Reports on military cantonments and civil stations in the Presidency of Bombay inspected by the Sanitary Commissioner in the years 1875 and 1876
Year: 1875
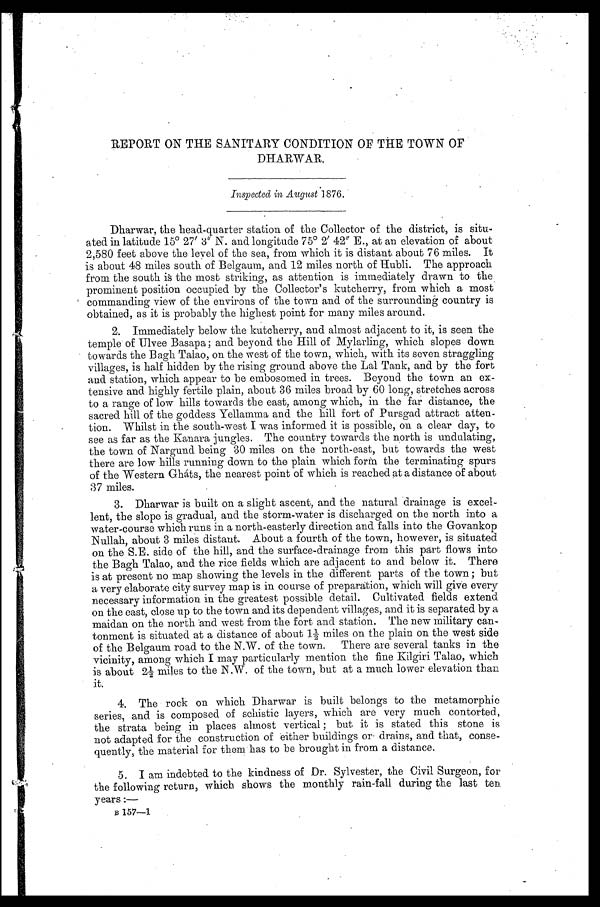
REPORT ON THE SANITARY CONDITION OF THE TOWN OF
DHARWAR.
Inspected in Angust 1876.
Dharwar, the bead-quarter station of the Collector of the district, is situ-
ated in latitude 15° 27' 3' N. and longitude 75° 2' 42" E., at an elevation of about
2,580 feet above the level of the sea, from which it is distant. about 76 miles. It
is about 48 miles south of Belgaum, and 12 miles north of Hubli. The approach
from the south is the most striking, as attention is immediately drawn to the
prominent position occupied by the Collector's kutcherry, from which a most
commanding view of the environs of the town and of the surrounding country is
obtained, as it is probably the highest point for many miles around.
Immediately below the kutcherry, and almost adjacent to it, is seen the
temple of Ulvee Basapa; and beyond the Hill of Mylarling, which slopes down
towards the Bagh Talao, on the west of the town, which, with its seven straggling
villages, i.s half hidden by the rising ground above the Lal Tank, and by the fort
and station, which appear to be embosomed in trees. Beyond the town an ex-
tensive and highly fertile plain, about 36 miles broad by 60 long, stretches across
to a range of low hills towards the east, among which, in the far distance, the
sacred hill of the goddess Yellamma and the hill fort of Pursgad attract atten-
tion. Whilst in the south-west I was informed it is possible, on a clear day, to
see as far as the Kanara jungles. The country towards the north is undulating,
the town of Nargund being 30 miles on the north-east, but towards the west
there are low hills running down to the plain which forth the terminating spurs
of the Western Gháts, the nearest point of which is reached at a distance of about
37 miles.
Dharwar is built on a slight ascent, and the natural drainage is excel-
lent, the slope is gradual, and the storm-water is discharged on the north into a
water-course which runs in a north-easterly direction and falls into the Govankop
Nullah, about 3 miles distant. About a fourth of the town, however, is situated
on the S.E. side. of the hill, and the surface-drainage from this part flows into
the Bagh Talao, and the rice fields which are adjacent to and below it. There
is at present no map showing the levels in the different parts of the town; but
a very elaborate city survey map is in course of preparation, which will give every
necessary information in the greatest possible detail. Cultivated fields extend
on the east, close up to the town and its dependent villages, and it is separated by a
maidan on the north and west from the fort and station. The new military can-
tomnent is situated at a distance of about 11/2 miles on the plain on the west side
of the Belgaum road to the N.W. of the town. There are several tanks in the
vicinity, among which I may particularly mention the fine Kilgiri Talao, which
is about 21/2 miles to the N.W. of the town, but at a much lower elevation than
it.
The rock on which Dharwar is built belongs to the metamorphic
series, and is composed of schistic layers, which are very much contorted,
the strata being in places almost vertical ; but it is stated this stone is
not adapted for the construction of either buildings or drains, and that, conse-
quently, the material for them has to be brought in from a distance.
I am indebted to the kindness of Dr. Sylvester, the Civil Surgeon, for
the following return, which shows the monthly rain-fall during the last ten
years :
—
B 157á—1
.